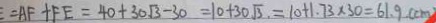
= A F + F E = 4 0 + 3 0 \sqrt { 3 } - 3 0 = 1 0 + 3 0 \sqrt { 3 } , = 1 0 + 1 . 7 3 \times 3 0 = 6 1 . 9 ( c m )